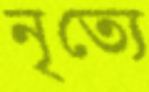
নৃত্যে